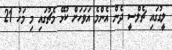
ލީގުގައި ޗެލްސީ ދެން އެންމެ އަވަހަށް ކުޅޭ މެޗުގައި މި މަހު 21